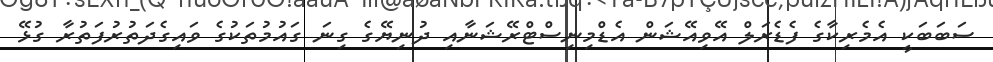
ސަބަބަކީ އެމެރިކާގެ ފެޑެރަލް އޭވިއޭޝަން އެޑްމިނިސްޓްރޭޝަނާއި ދުނިޔޭގެ ގިނަ ގައުމުތަކުގެ ވައިގެދަތުރުފަތުރާ ގުޅޭ